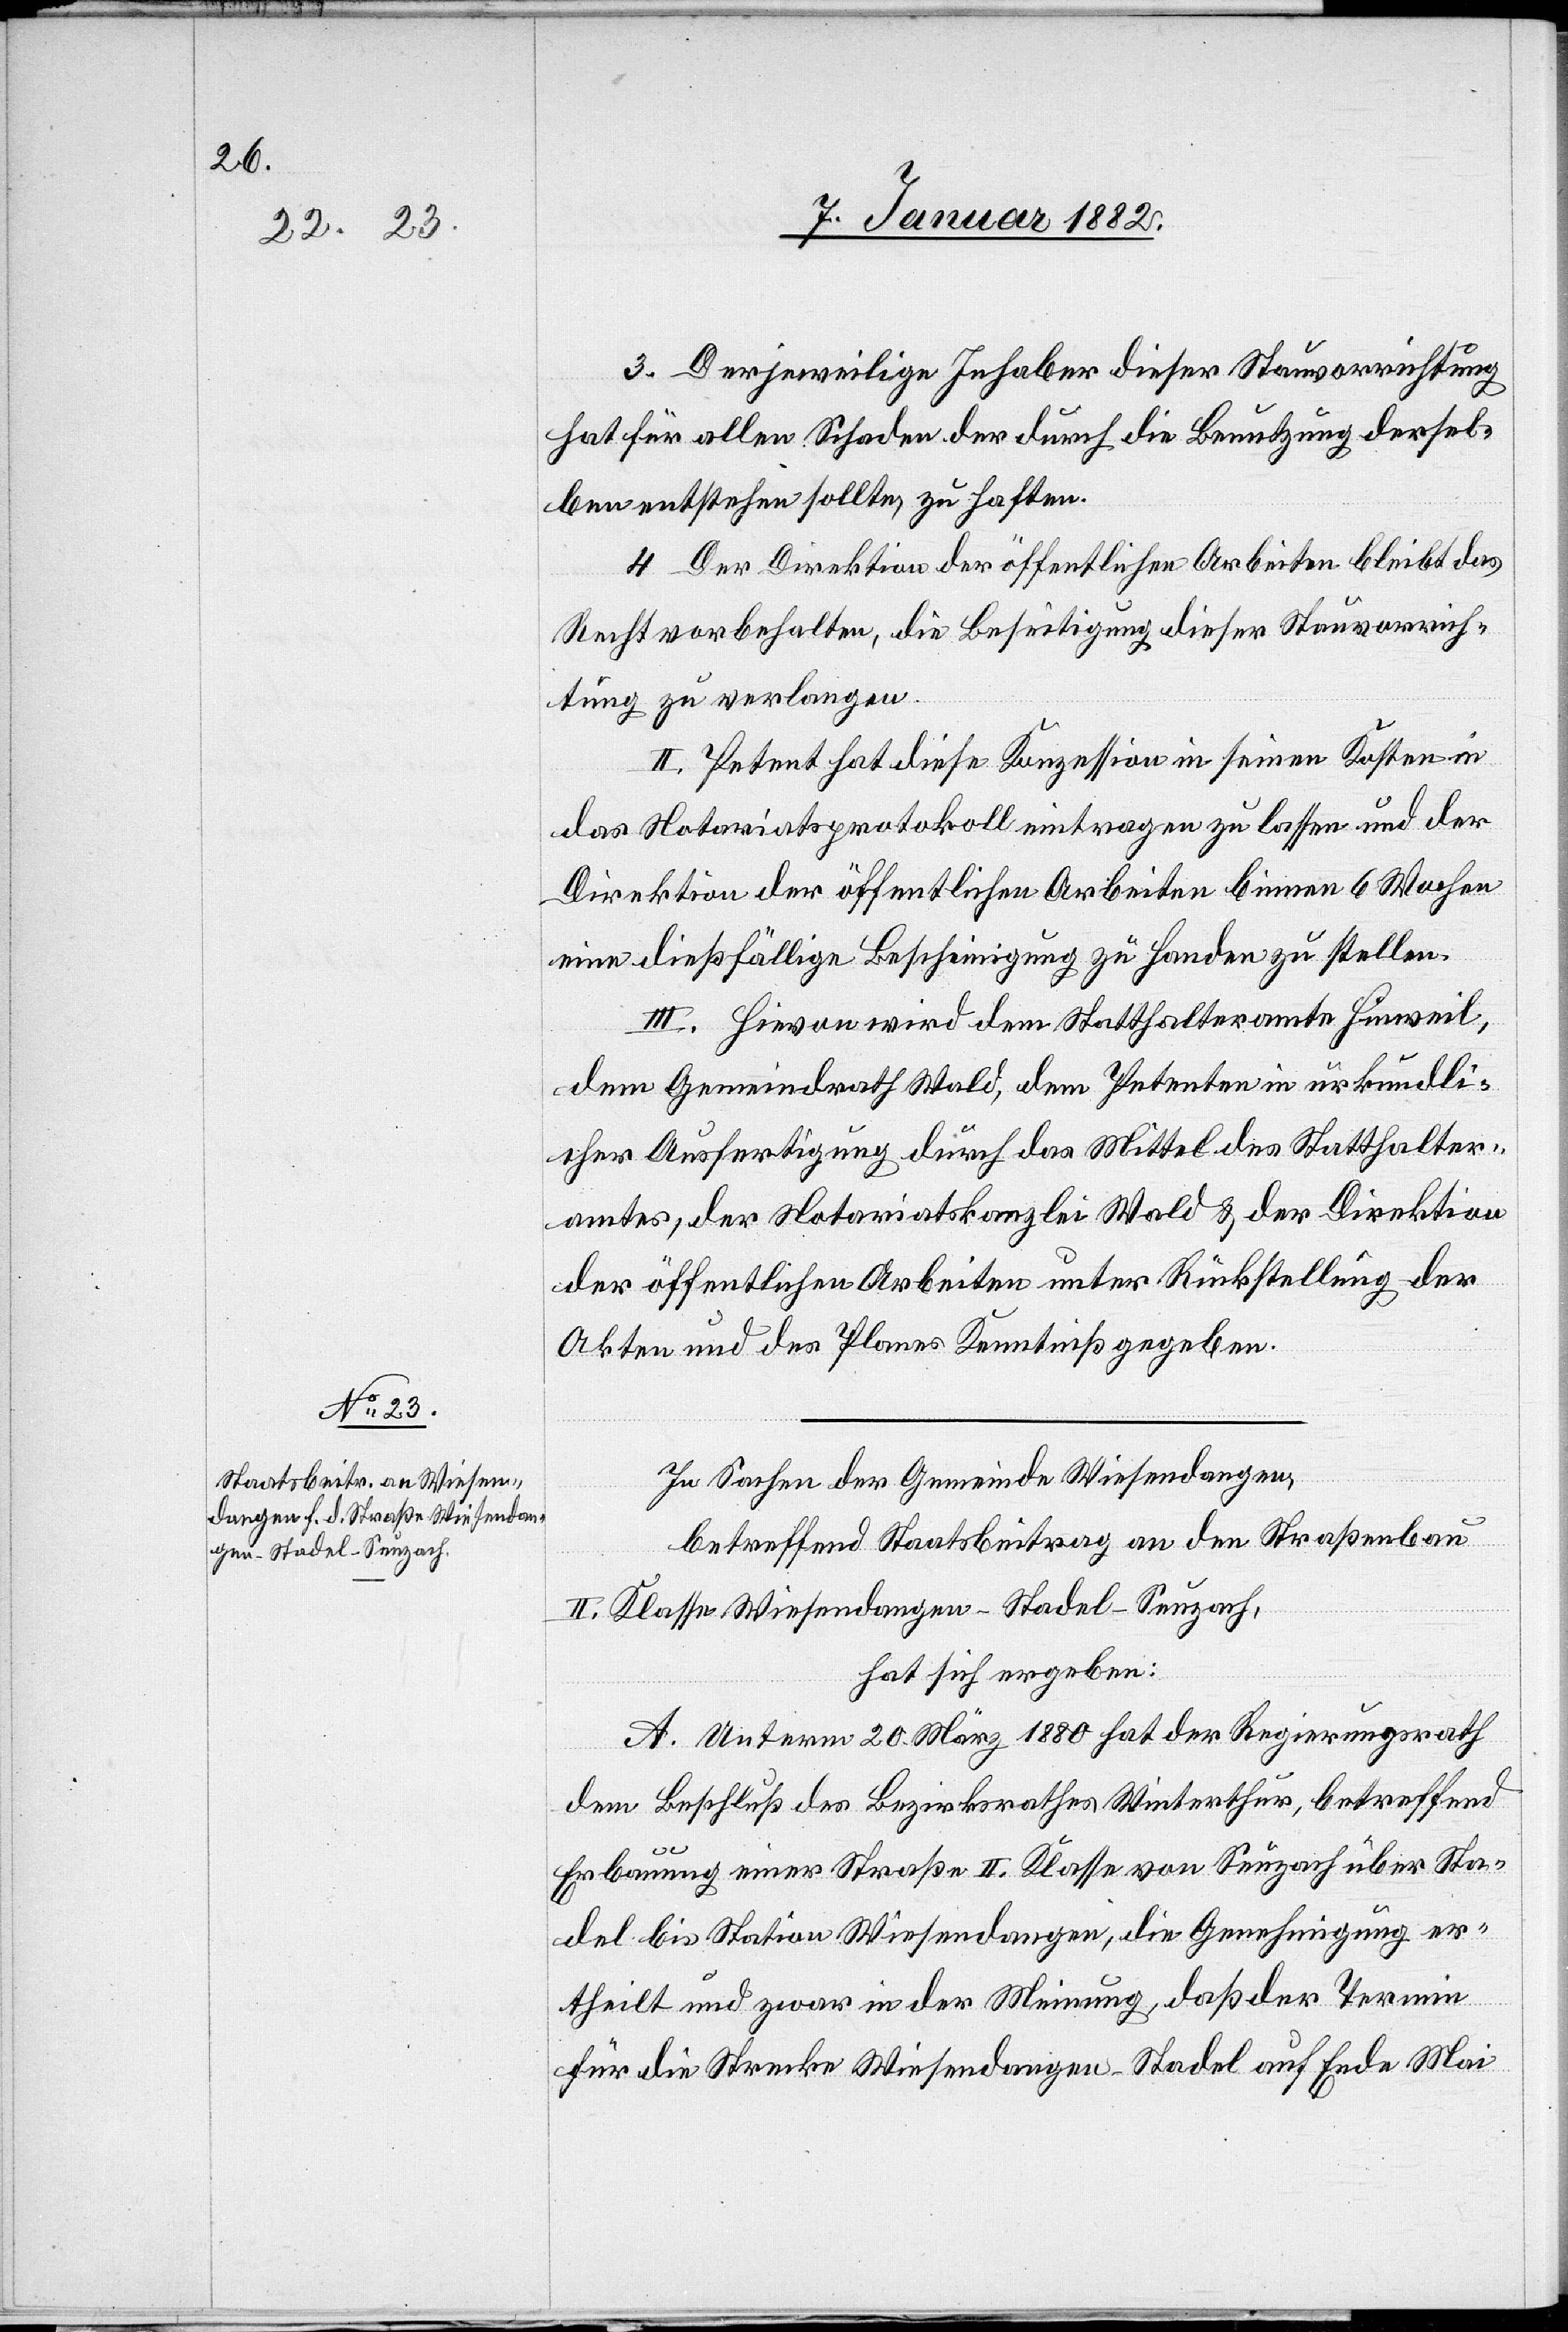
3. Der jeweilige Inhaber dieser Stauvorrichtung
hat für allen Schaden der durch die Benutzung dersel¬
ben entstehen sollte, zu haften.
4. Der Direktion der öffentlichen Arbeiten bleibt das
Recht vorbehalten, die Beseitigung dieser Stauvorrich¬
tung zu verlangen.
II. Petent hat diese Konzession in seinen Kosten in
das Notariatsprotokoll eintragen zu lassen und der
Direktion der öffentlichen Arbeiten binnen 6 Wochen
eine dießfällige Bescheinigung zu Handen zu stellen.
III. Hievon wird dem Statthalteramte Hinweil,
dem Gemeindrath Wald, dem Petenten in urkundli¬
cher Ausfertigung durch das Mittel des Statthalter¬
amtes, der Notariatskanzlei Wald & der Direktion
der öffentlichen Arbeiten unter Rückstellung der
Akten und des Planes Kenntniß gegeben.
In Sache der Gemeinde Wiesendangen,
betreffend Staatsbeitrag an den Straßenbau
II. Klasse Wiesendangen–Stadel–Seuzach,
hat sich ergeben:
A. Unterm 20. März 1880 hat der Regierungsrath
dem Beschluß des Bezirksrathes Winterthur, betreffend
Erbauung einer Straße II. Klasse von Seuzach über Sta¬
del bis Station Wiesendangen, die Genehmigung er¬
theilt und zwar in der Meinung, daß der Termin
für die Strecke Wiesendangen–Stadel auf Ende Mai